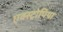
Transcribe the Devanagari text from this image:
एक्स्ट्रोपिया